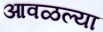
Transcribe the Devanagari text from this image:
आवळल्या